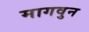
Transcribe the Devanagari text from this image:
मागवुन